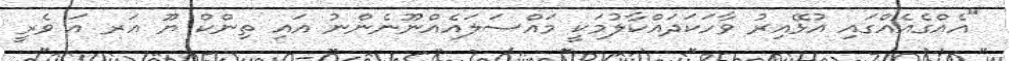
"އެއްގެއެއްގައި އުޅޭއިރު ވާހަކަދައްކާލުމަކީ މައްސަލައެއްނޫނެންނު އައި ތިންކް ޔޫ އަރ އަ ވެރީ